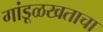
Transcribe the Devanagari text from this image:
गांडूळखताचा